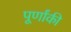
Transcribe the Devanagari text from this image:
पूर्णांकी